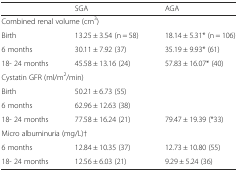
<table><thead><tr><td>[EMPTY_CELL]</td><td><b>SGA</b></td><td><b>AGA</b></td></tr></thead><tbody><tr><td colspan="3">Combined renal volume (cm<sup>3</sup>)</td></tr><tr><td>Birth</td><td>13.25 ± 3.54 (n = 58)</td><td>18.14 ± 5.31* (n = 106)</td></tr><tr><td>6 months</td><td>30.11 ± 7.92 (37)</td><td>35.19 ± 9.93* (61)</td></tr><tr><td>18- 24 months</td><td>45.58 ± 13.16 (24)</td><td>57.83 ± 16.07* (40)</td></tr><tr><td colspan="3">Cystatin GFR (ml/m<sup>2</sup>/min)</td></tr><tr><td>Birth</td><td>50.21 ± 6.73 (55)</td><td>[EMPTY_CELL]</td></tr><tr><td>6 months</td><td>62.96 ± 12.63 (38)</td><td>[EMPTY_CELL]</td></tr><tr><td>18- 24 months</td><td>77.58 ± 16.24 (21)</td><td>79.47 ± 19.39 (*33)</td></tr><tr><td colspan="3">Micro albuminuria (mg/L)†</td></tr><tr><td>6 months</td><td>12.84 ± 10.35 (37)</td><td>12.73 ± 10.80 (55)</td></tr><tr><td>18- 24 months</td><td>12.56 ± 6.03 (21)</td><td>9.29 ± 5.24 (36)</td></tr></tbody></table>